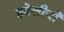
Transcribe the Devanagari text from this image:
हवेलीची